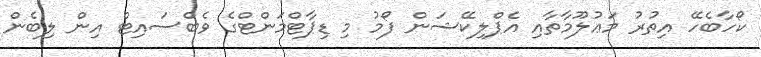
ކޯހާބެހޭ އިތުރު މަޢުލޫމާތާއި އެޕްލިކޭޝަން ފޯމު މި ޑިޕާޓްމަންޓްގެ ވެބްސައިޓް އިން ލިބެން